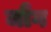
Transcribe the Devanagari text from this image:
जौंग